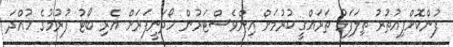
ފުންކޮށްފިއުތުރު ތިލަފަޅު ތަރައްގީ ކުރުމަށް އިންވެސްޓަރުން ހޯދަނީފަރަށް އެރި ބޯޓު ފުރުމުގެ ހުއްދަ